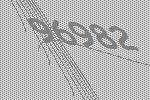
96982